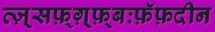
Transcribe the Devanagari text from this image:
व्ज़्सफ़्ग़्फ़्बःफ़ॅफ़दीन